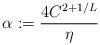
LaTeX: \begin{align*} \alpha: = \frac{4C^{2+1/L}}{\eta}\end{align*}